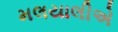
મલયાલીએ